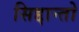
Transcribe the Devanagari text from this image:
सिद्दान्तो